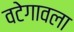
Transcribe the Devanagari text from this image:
वटेगावला